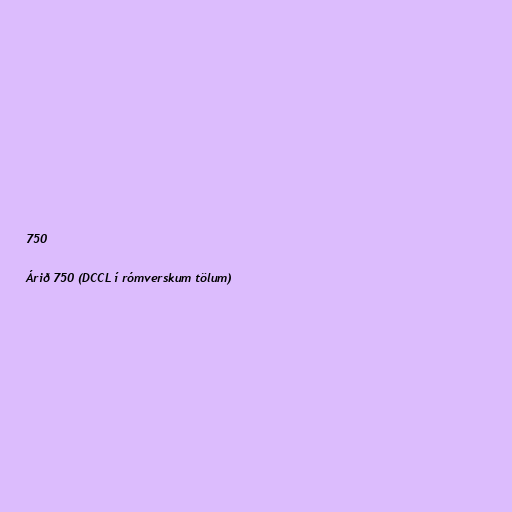
750

Árið 750 (DCCL í rómverskum tölum)